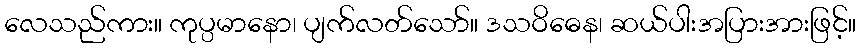
လေသည်ကား။ ကုပ္ပမာနော၊ ပျက်လတ်သော်။ ဒသဝိဓေန၊ ဆယ်ပါးအပြားအားဖြင့်။